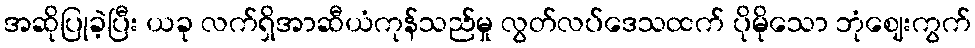
အဆိုပြုခဲ့ပြီး ယခု လက်ရှိအာဆီယံကုန်သည်မှု လွတ်လပ်ဒေသထက် ပိုမိုသော ဘုံဈေးကွက်